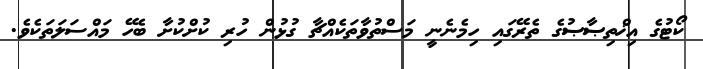
ކޯޓުގެ އިޚްތިޞާޞުގެ ތެރޭގައި ހިމެނެނީ މަސްތުވާތަކެއްޗާ ގުޅުން ހުރި ކުށްކުށާ ބެހޭ މައްސަލަތަކެވެ.